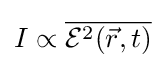
I\propto {\overline {{\mathcal {E}}^{2}({\vec {r}},t)}}